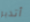
أتدبر